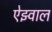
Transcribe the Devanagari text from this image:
ऐझ्वाल